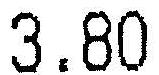
3.80